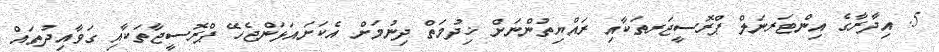
5. އިދާރާގެ އިންޓަރނަލް ޕްރޮސީޖަރތަކާއި ރައްޔިތުންނަށް ޚިދުމަތް ދިނުމަށް އެކަށައަޅަންޖެހޭ ޕްރޮސީޖާތަކާއި ގަވާއިދުތައް